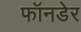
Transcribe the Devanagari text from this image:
फॉनडेर